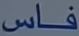
فاس